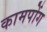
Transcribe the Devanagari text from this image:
कामपोंग